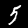
Digit: 5